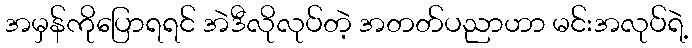
အမှန်ကိုပြောရရင် အဲဒီလိုလုပ်တဲ့ အတတ်ပညာဟာ မင်းအလုပ်ရဲ့